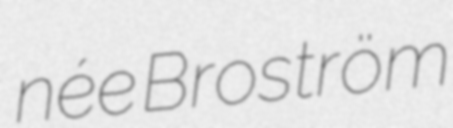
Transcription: née Broström